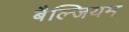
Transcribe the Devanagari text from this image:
बैल्जियम